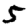
Digit: 5